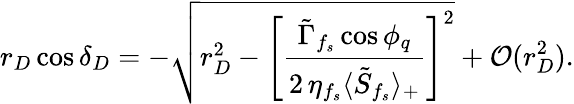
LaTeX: r_{D}\cos\delta_{D}=-\sqrt{r_{D}^{2}-\left[\frac{\tilde{\Gamma}_{f_{s}}\cos\phi_{q}}{2\, \eta_{f_{s}}\langle\tilde{S}_{f_{s}}\rangle_{+}}\right]^{2}}+{\cal O}(r_{D}^{2}).